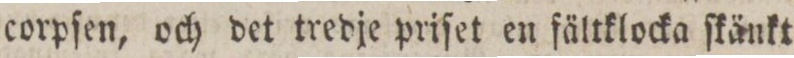
corpſen, och det tredje priſet en fältklocka ſkänkt